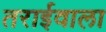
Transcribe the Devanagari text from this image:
तराईवाला